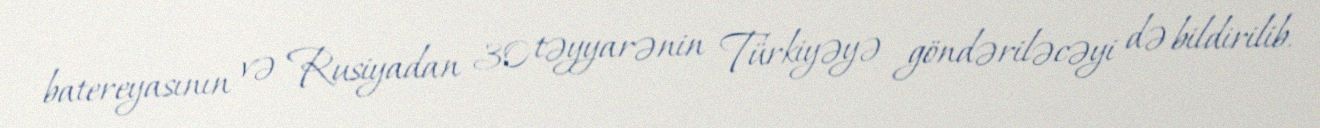
batereyasının və Rusiyadan 30 təyyarənin Türkiyəyə göndəriləcəyi də bildirilib.